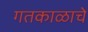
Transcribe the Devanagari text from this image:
गतकाळाचे